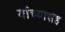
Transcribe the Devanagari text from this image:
यांंच्यासह